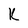
Character: K